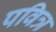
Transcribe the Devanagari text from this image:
पवित्र